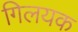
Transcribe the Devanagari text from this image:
गिलयक